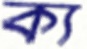
ক্য